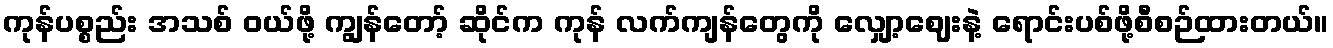
ကုန်ပစ္စည်း အသစ် ဝယ်ဖို့ ကျွန်တော့် ဆိုင်က ကုန် လက်ကျန်တွေကို လျှော့ဈေးနဲ့ ရောင်းပစ်ဖို့စီစဉ်ထားတယ်။